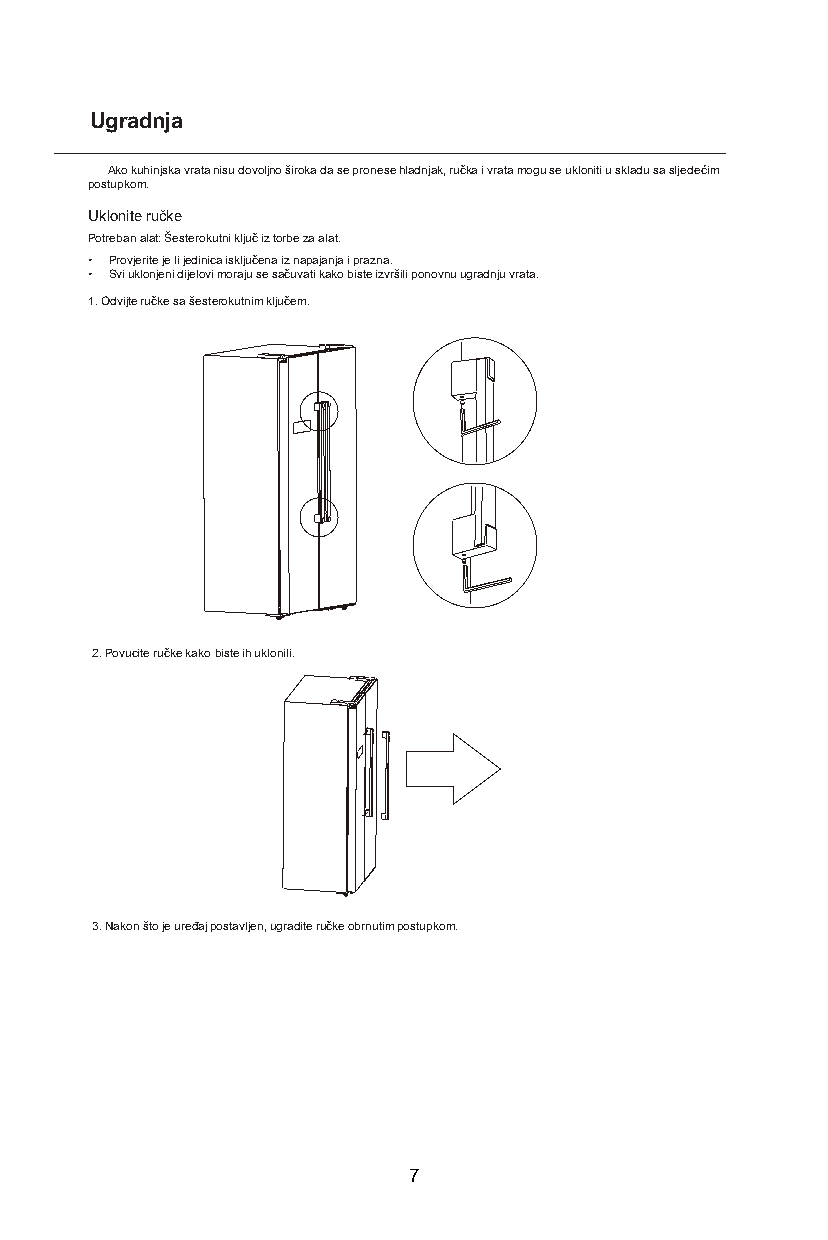
Ugradnja
 Ako kuhinjska vrata nisu dovoljno široka da se pronese hladnjak, ručka i vrata mogu se ukloniti u skladu sa sljedećim
 postupkom.
 Uklonite ručke
 Potreban alat: Šesterokutni ključ iz torbe za alat.
 • Provjerite je li jedinica isključena iz napajanja i prazna.
 • Svi uklonjeni dijelovi moraju se sačuvati kako biste izvršili ponovnu ugradnju vrata.
 1. Odvijte ručke sa šesterokutnim ključem.
 2. Povucite ručke kako biste ih uklonili.
 3. Nakon što je uređaj postavljen, ugradite ručke obrnutim postupkom.
 7